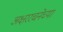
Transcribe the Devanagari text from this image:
अक्षररचनेच्या